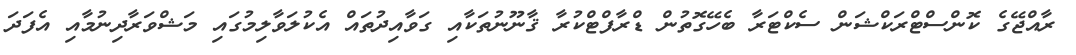
ރާއްޖޭގެ ކޮންސްޓްރަކްޝަން ސެކްޓަރާ ބެހޭގޮތުން ޑްރާފްޓްކުރާ ޤާނޫނުތަކާއި ގަވާއިދުތައް އެކުލަވާލިމުގައި މަޝްވަރާދިނުމާއި އެފަދަ